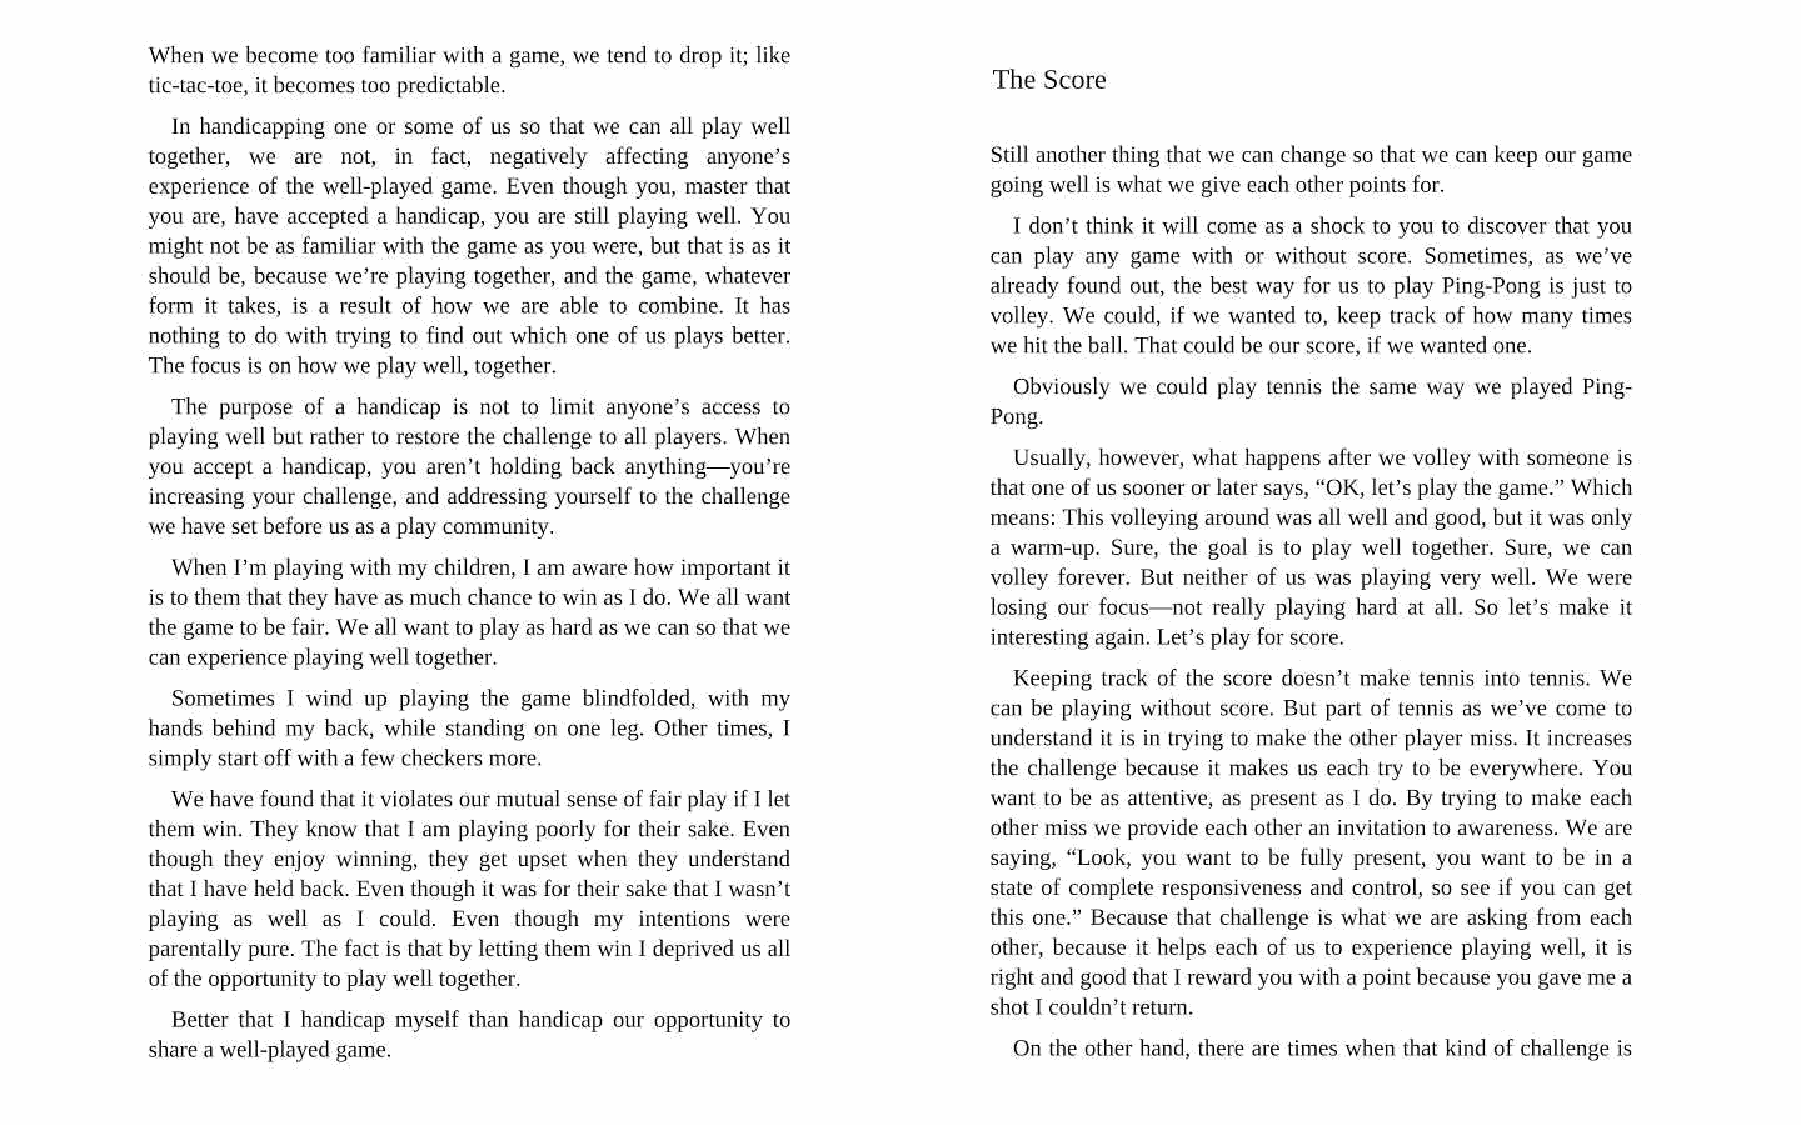
When we become too familiar with a game, we tend to drop it; like
 The Score
 tic-tac-toe, it becomes too predictable.
 In handicapping one or some of us so that we can all play well
 together, we are not, in fact, negatively affecting anyone’s Still another thing that we can change so that we can keep our game
 experience of the well-played game. Even though you, master that going well is what we give each other points for.
 you are, have accepted a handicap, you are still playing well. You
 I don’t think it will come as a shock to you to discover that you
 might not be as familiar with the game as you were, but that is as it
 can play any game with or without score. Sometimes, as we’ve
 should be, because we’re playing together, and the game, whatever
 already found out, the best way for us to play Ping-Pong is just to
 form it takes, is a result of how we are able to combine. It has
 volley. We could, if we wanted to, keep track of how many times
 nothing to do with trying to find out which one of us plays better.
 we hit the ball. That could be our score, if we wanted one.
 The focus is on how we play well, together.
 Obviously we could play tennis the same way we played Ping-
 The purpose of a handicap is not to limit anyone’s access to Pong.
 playing well but rather to restore the challenge to all players. When
 Usually, however, what happens after we volley with someone is
 you accept a handicap, you aren’t holding back anything—you’re
 that one of us sooner or later says, “OK, let’s play the game.” Which
 increasing your challenge, and addressing yourself to the challenge
 means: This volleying around was all well and good, but it was only
 we have set before us as a play community.
 a warm-up. Sure, the goal is to play well together. Sure, we can
 When I’m playing with my children, | am aware how important it volley forever. But neither of us was playing very well. We were
 is to them that they have as much chance to win as I do. We all want losing our focus—not really playing hard at all. So let’s make it
 the game to be fair. We all want to play as hard as we can so that we
 interesting again. Let’s play for score.
 can experience playing well together.
 Keeping track of the score doesn’t make tennis into tennis. We
 Sometimes I wind up playing the game blindfolded, with my
 can be playing without score. But part of tennis as we’ve come to
 hands behind my back, while standing on one leg. Other times, I
 understand it is in trying to make the other player miss. It increases
 simply start off with a few checkers more.              the challenge because it makes us each try to be everywhere. You
 We have found that it violates our mutual sense of fair play if I let want to be as attentive, as present as I do. By trying to make each
 them win. They know that I am playing poorly for their sake. Even other miss we provide each other an invitation to awareness. We are
 though they enjoy winning, they get upset when they understand saying, “Look, you want to be fully present, you want to be in a
 thatI have held back. Even though it was for their sake that I wasn’t state of complete responsiveness and control, so see if you can get
 playing as well as I could. Even though my intentions were this one.” Because that challenge is what we are asking from each
 parentally pure. The fact is that by letting them win I deprived us all other, because it helps each of us to experience playing well, it is
 of the opportunity to play well together.               right and good that I reward you with a point because you gave me a
 shot I couldn’t return.
 Better that I handicap myself than handicap our opportunity to
 share a well-played game.
 On the other hand, there are times when that kind of challenge is